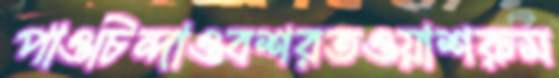
পাওচিন্দাওবশরতওয়াশরুম